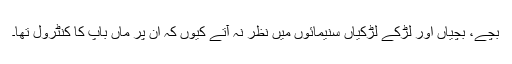
بچے، بچیاں اور لڑکے لڑکیاں سنیمائوں میں نظر نہ آتے کیوں کہ ان پر ماں باپ کا کنٹرول تھا۔